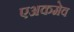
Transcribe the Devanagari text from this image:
एअकमेव